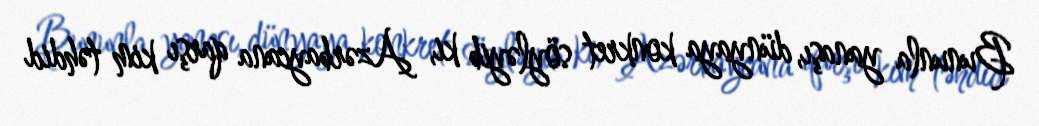
Bununla yanaşı, dünyaya konkret söyləyib ki, Azərbaycana qarşı kim təhdid